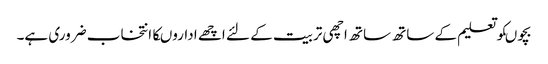
بچوںکوتعلیم کے ساتھ ساتھ اچھی تربیت کے لئے اچھے اداروںکاانتخاب ضروری ہے۔